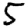
Digit: 5